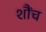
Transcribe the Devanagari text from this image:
शौंच